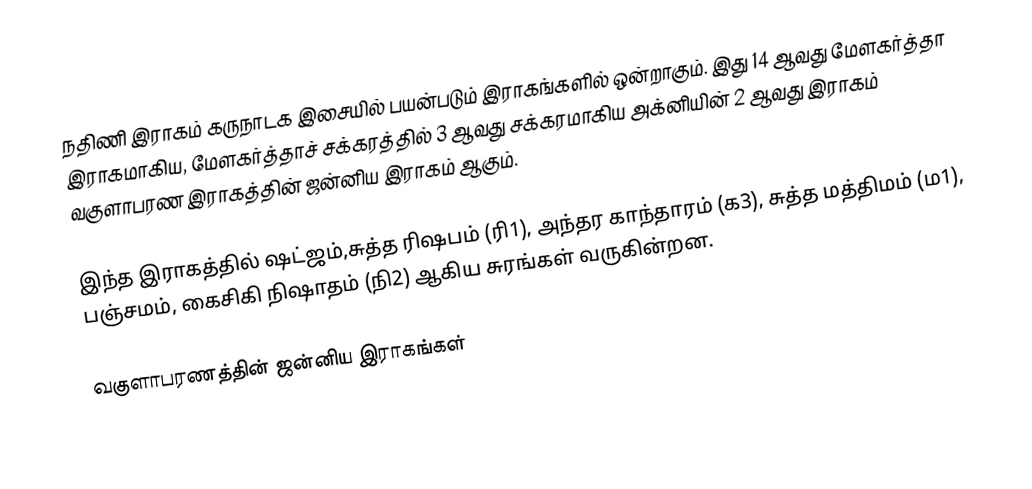
நதிணி இராகம் கருநாடக இசையில் பயன்படும் இராகங்களில் ஒன்றாகும். இது 14 ஆவது மேளகர்த்தா இராகமாகிய, மேளகர்த்தாச் சக்கரத்தில் 3 ஆவது சக்கரமாகிய அக்னியின் 2 ஆவது இராகம் வகுளாபரண இராகத்தின் ஜன்னிய இராகம் ஆகும்.

இந்த இராகத்தில் ஷட்ஜம்,சுத்த ரிஷபம் (ரி1), அந்தர காந்தாரம் (க3), சுத்த மத்திமம் (ம1), பஞ்சமம், கைசிகி நிஷாதம்  (நி2) ஆகிய சுரங்கள் வருகின்றன.

வகுளாபரணத்தின் ஜன்னிய இராகங்கள்